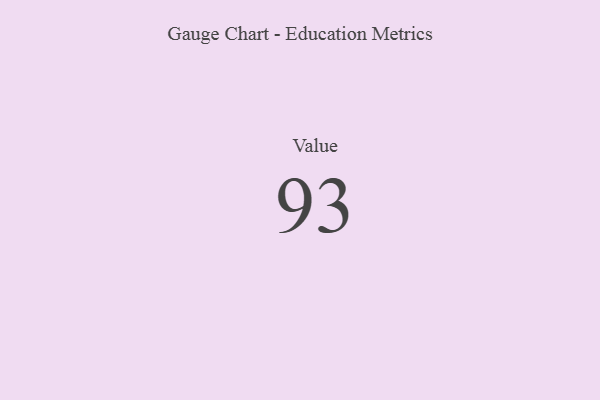
{"axis": {"x": "Metric", "y": "Value"}, "legend": [""], "data": [{"x": "Value", "y": 93, "type": ""}]}